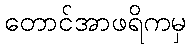
တောင်အာဖရိကမှ